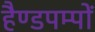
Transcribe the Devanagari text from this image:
हैण्डपम्पों